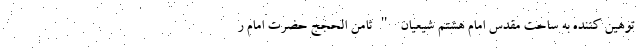
توهین کننده به ساحت مقدس امام هشتم شیعیان "ثامن الحجج حضرت امام ر